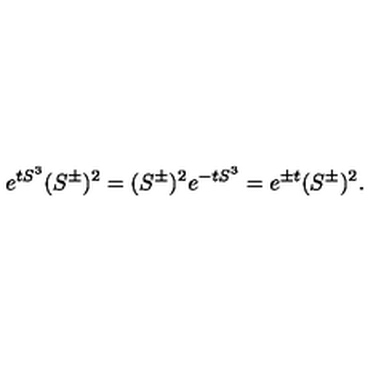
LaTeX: e ^ { t S ^ { 3 } } ( S ^ { \pm } ) ^ { 2 } = ( S ^ { \pm } ) ^ { 2 } e ^ { - t S ^ { 3 } } = e ^ { \pm t } ( S ^ { \pm } ) ^ { 2 } .